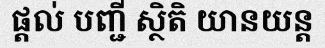
ផ្តល់ បញ្ជី ស្ថិតិ យានយន្ត